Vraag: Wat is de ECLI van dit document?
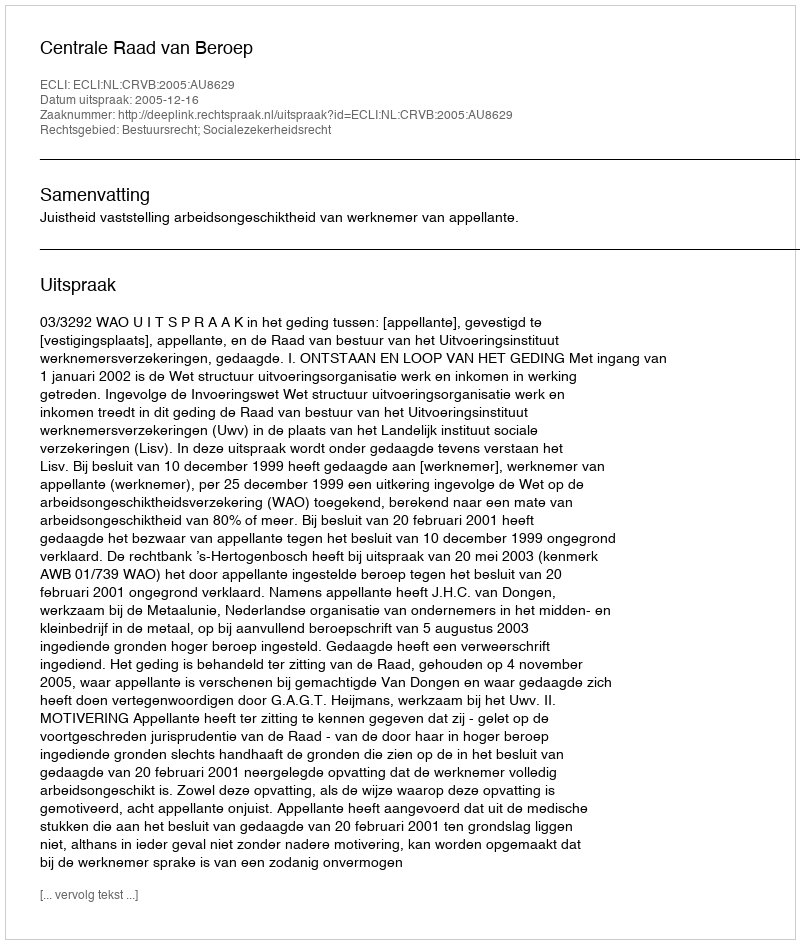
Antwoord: ECLI:NL:CRVB:2005:AU8629